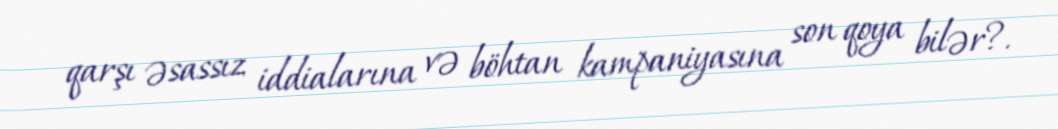
qarşı əsassız iddialarına və böhtan kampaniyasına son qoya bilər?.